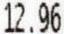
12.96